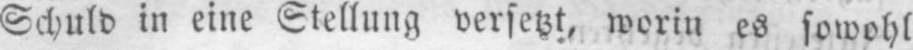
Schuld in eine Stellung versetzt, worin es sowohl